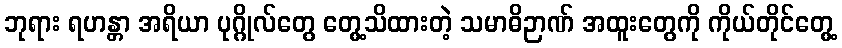
ဘုရား ရဟန္တာ အရိယာ ပုဂ္ဂိုလ်တွေ တွေ့သိထားတဲ့ သမာဓိဉာဏ် အထူးတွေကို ကိုယ်တိုင်တွေ့